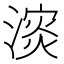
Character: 𪷅